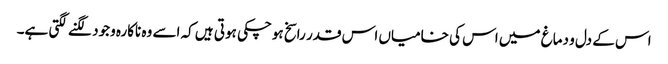
اس کے دل و دماغ میں اس کی خامیاں اس قدر راسخ ہوچکی ہوتی ہیں کہ اسے وہ ناکارہ وجود لگنے لگتی ہے۔